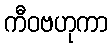
ကီဝဗဟုကာ